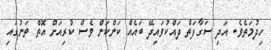
ހިދުމަތެވެ. އަދި ސަގާފަތް ދައްކުވައިދޭ ބައެއް ކަންކަން ވެސް ކުރިއަށް އޮތް ތަނުގައި